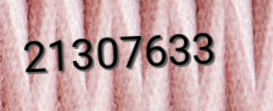
21307633